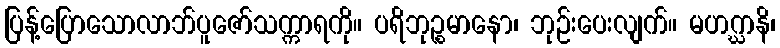
ပြန့်ပြောသောလာဘ်ပူဇော်သက္ကာရကို။ ပရိဘုဉ္စမာနော၊ ဘုဉ်းပေးလျက်။ မဟဂ္ဃာနိ၊